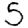
Digit: 5